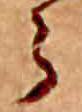
ら